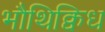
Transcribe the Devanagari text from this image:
भौथिक्विध